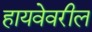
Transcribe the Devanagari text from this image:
हायवेवरील